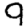
Digit: 9